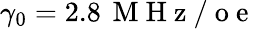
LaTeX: \gamma_{0}=2.8\, \mathrm{~M~H~z~/~o~e~}